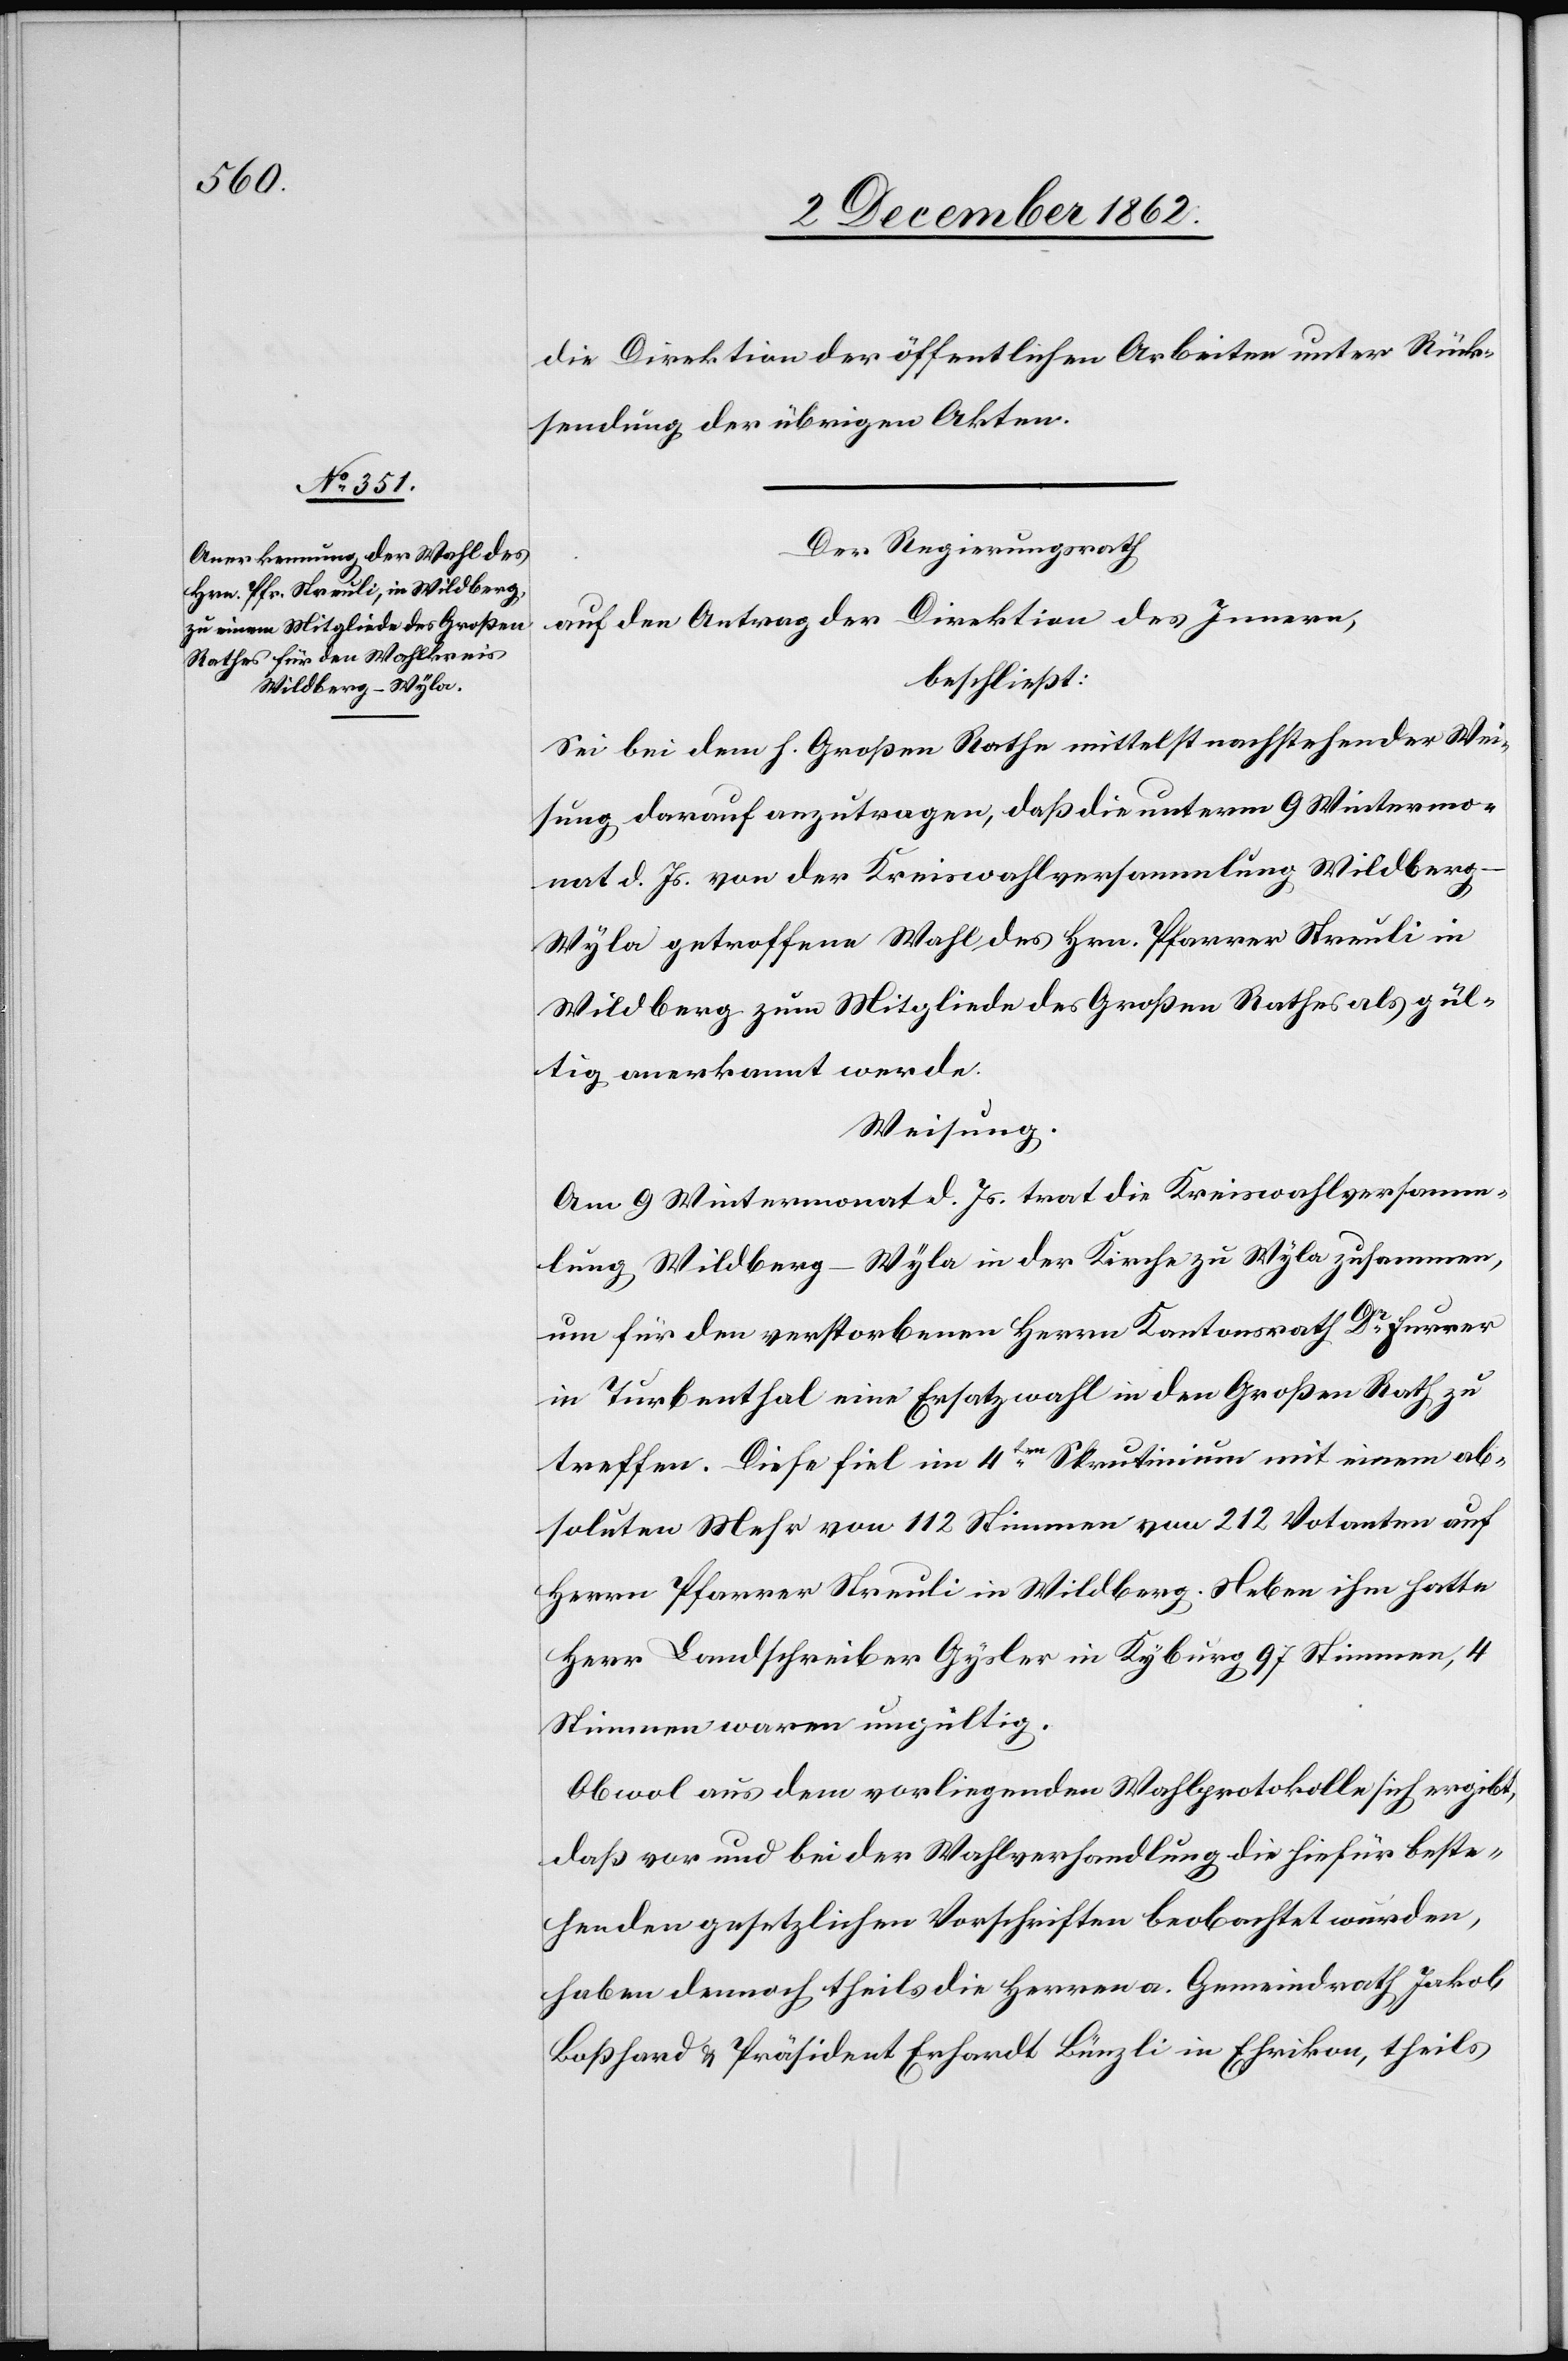
die Direktion der öffentlichen Arbeiten unter Rück¬
stellung der übrigen Akten.
Der Regierungsrath
auf den Antrag der Direktion des Innern,
beschließt:
Sei bei dem H. Großen Rathe mittelst nachstehender Wei¬
sung darauf anzutragen, daß die unterm 9. Wintermo¬
nat d. Js. von der Kreiswahlversammlung Wildber¬
g-Wyla getroffene Wahl des Hrn. Pfarrer Streuli in
Wildberg zum Mitglied des Großen Rathes als gül¬
tig anerkannt werde.
Weisung.
Am 9. Wintermonat d. Js. trat die Kreiswahlversamm¬
lung Wildberg-Wyla in der Kirche zu Wyla zusammen,
um für den verstorbenen Herrn Kantonsrath Dr Furrer
in Turbenthal eine Ersatzwahl in den Großen Rath zu
treffen. Diese fiel im 4ten Skrutinium mit einem ab¬
soluten Mehr von 112 Stimmen von 212 Votanten auf
Herrn Pfarrer Streuli in Wildberg. Neben ihm hatte
Herr Landschreiber Gysler in Kyburg 97 Stimmen, 4
Stimmen waren ungültig.
Obwol aus dem vorliegenden Wahlprotokolle sich ergibt,
daß vor und bei der Wahlverhandlung die hiefür beste¬
henden gesetzlichen Vorschriften beobachtet wurden,
haben dennoch theils die Herren a. Gemeindrath Jakob
Boßhardt u. Präsident Erhardt Bünzli in Ehrikon, theils